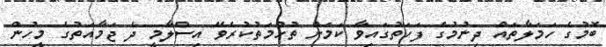
ބޮމުގެ ހަމަލާތައް ދިނުމުގެ ފަހަތުގައިވާ ކަމަށް ތުހުމަތުކުރެވޭ އިސްލާމީ ދެ ޖަމާއަތުގެ މީހުން